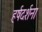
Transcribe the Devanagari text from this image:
हर्षदर्शना